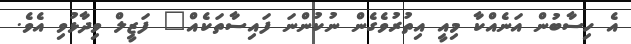
އެ ހިސާބުން އަނެއްކާ މިއީ އިތުރުވެެގެން ނުކުންނަ ފައިސާތަކެއް" ފަޒީލް ވިދާޅުވި އެވެ.